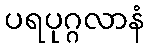
ပရပုဂ္ဂလာနံ